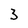
Character: 3